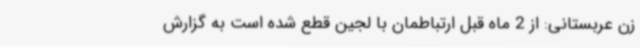
زن عربستانی: از 2 ماه قبل ارتباطمان با لجین قطع شده است به گزارش